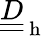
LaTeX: \underline{{\underline{{D}}}}_{\mathrm{~h~}}